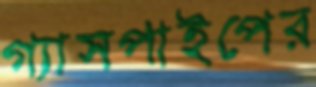
গ্যাসপাইপের